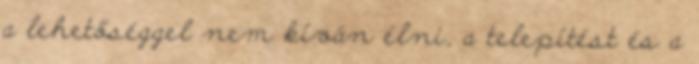
a lehetőséggel nem kíván élni, a telepítést és a